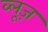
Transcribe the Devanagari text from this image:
व्लूज़